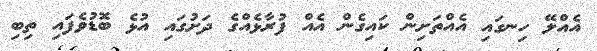
އެއްލޭ ހިނގައި އެއްތަށިން ކައިގެން އެއް ފުރާޅެއްގެ ދަށުގައި އުޅެ ބޮޑުވެފައި ތިބި